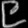
Digit: ၉